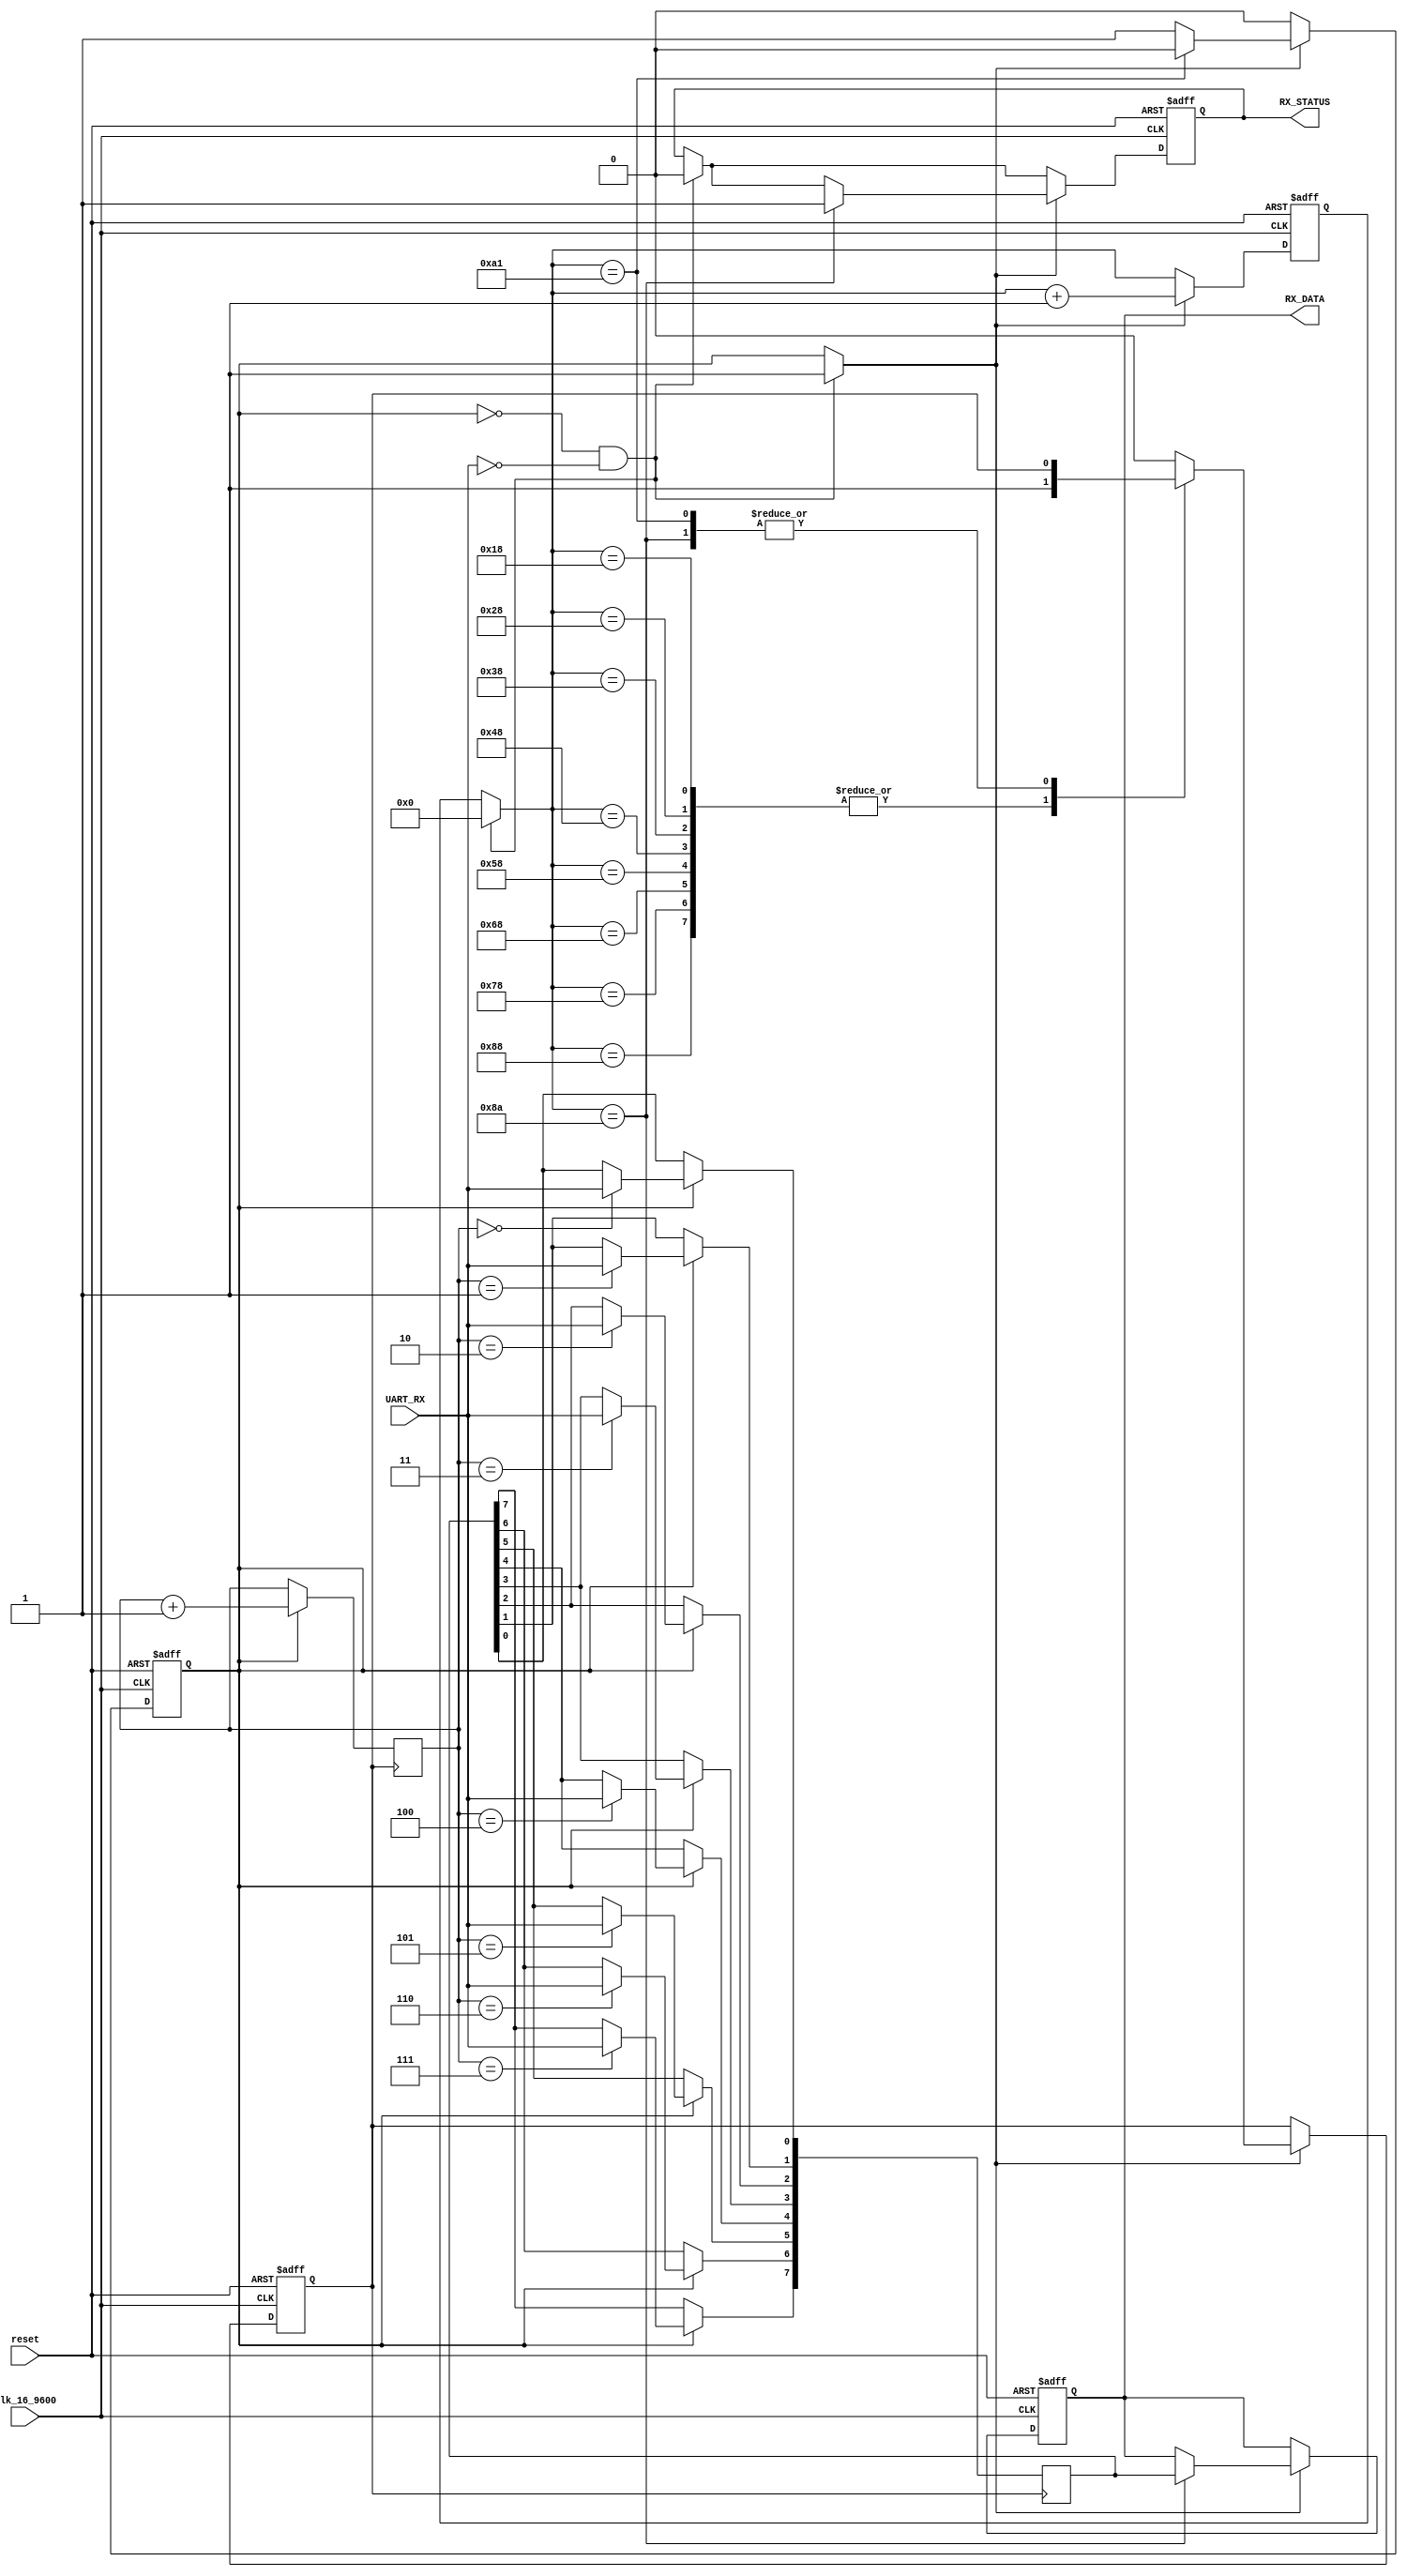
module Receiver(reset, UART_RX, Clk_16_9600, RX_DATA, RX_STATUS);
input UART_RX;
input reset;
input Clk_16_9600;
output reg RX_STATUS;
output reg [7:0] RX_DATA;
reg [7:0] DATA;
reg [7:0] cnt_clk;
reg [2:0] cnt_bit;
reg Sample;
reg enable;

initial begin DATA = 0;
cnt_clk = 0;
cnt_bit = 0;
RX_DATA = 0;
Sample = 0; // read the data
enable = 0; // if conut
RX_STATUS = 1;
end always @(posedge Clk_16_9600 or negedge reset) begin
    if (~reset) begin RX_DATA = 0;
RX_STATUS = 0;
cnt_clk = 0;
Sample = 0;
enable = 0;
end else begin if (enable == 0 && ~UART_RX) begin enable = 1; // begin!
RX_STATUS = 0;
cnt_clk = 0;
end if (enable) begin case (cnt_clk)24, 40, 56, 72, 88, 104, 120,
    136 : begin Sample = 1;
cnt_clk = cnt_clk + 1;
end 138 : begin RX_STATUS = 1;
RX_DATA <= DATA;
cnt_clk = cnt_clk + 1;
end 161 : begin
              // RX_STATUS=0;
              cnt_clk = cnt_clk + 1;
enable = 0;
end default : begin cnt_clk = cnt_clk + 1;
Sample = 0;
end endcase end end end always @(posedge Sample) begin if (enable) begin
    case (cnt_bit)3'd0 : DATA[0] <= UART_RX;
3'd1 : DATA[1] <= UART_RX;
3'd2 : DATA[2] <= UART_RX;
3'd3 : DATA[3] <= UART_RX;
3'd4 : DATA[4] <= UART_RX;
3'd5 : DATA[5] <= UART_RX;
3'd6 : DATA[6] <= UART_RX;
3'd7 : DATA[7] <= UART_RX;
default:;
endcase cnt_bit <= cnt_bit + 1;
end end endmodule
module Test_Receiver;
reg UART_RX;
reg Clk_16_9600;
reg reset;
initial begin reset = 0;
# 10 reset = 1;
Clk_16_9600 = 1;
UART_RX = 0;
end

    always begin
# 1 Clk_16_9600 = ~Clk_16_9600;
        end

            initial repeat(39) begin
# 50 UART_RX = ~UART_RX;
    end Receiver ZY(reset, UART_RX, Clk_16_9600, RX_DATA, RX_STATUS);
endmodule